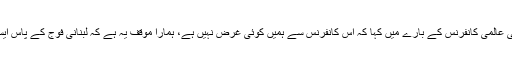
سید حسن نصراللہ نے روم میں لبنانی فوج کی حمایت کے بارے میں ہونے والی عالمی کانفرنس کے بارے میں کہا کہ اس کانفرنس سے ہمیں کوئی غرض نہیں ہے، ہمارا موقف یہ ہے کہ لبنانی فوج کے پاس ایسے تمام ہتھیار ہونے چاہئیں جو ملکی دفاع اور سلامتی کے لیے ضروری ہیں۔